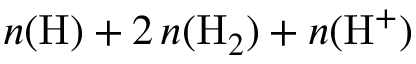
{ n ( \mathrm { H } ) + 2 \, n ( \mathrm { H } _ { 2 } ) + n ( \mathrm { H } ^ { + } ) }